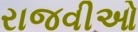
રાજવીઓ